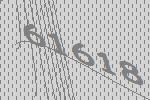
61618